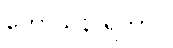
ကောသိနာရကာပိ